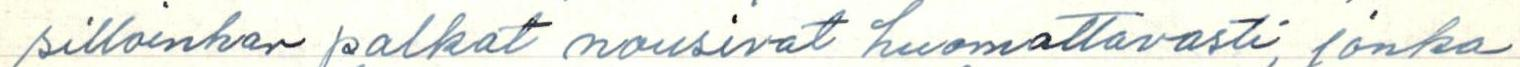
silloinhan palkat nousivat huomattavasti, jonka